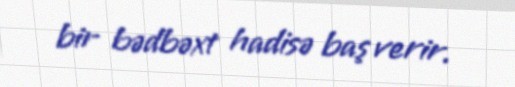
bir bədbəxt hadisə baş verir.